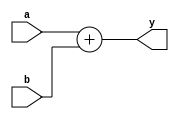
`default_nettype none

module adder(input wire [31:0] a, b,
             output wire [31:0] y);
    
    assign y = a + b;
    
endmodule

`default_nettype wire